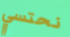
نحتسي